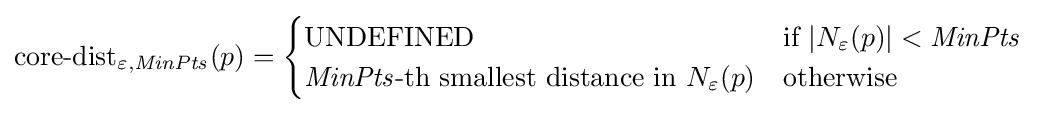
{\text{core-dist}}_{\mathit {\varepsilon ,MinPts}}(p)={\begin{cases}{\text{UNDEFINED}}&{\text{if }}|N_{\varepsilon }(p)|<{\mathit {MinPts}}\\{\mathit {MinPts}}{\text{-th smallest distance in }}N_{\varepsilon }(p)&{\text{otherwise}}\end{cases}}